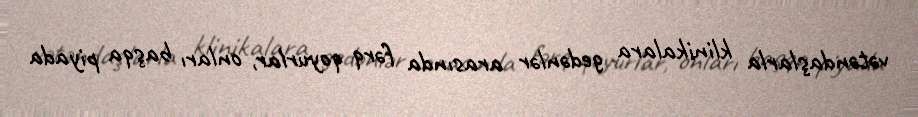
vətəndaşlarla klinikalara gedənlər arasında fərq qoyurlar, onları başqa piyada